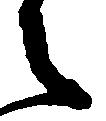
之